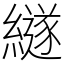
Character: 繸